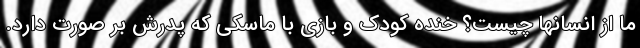
ما از انسانها چیست؟ خنده کودک و بازی با ماسکی که پدرش بر صورت دارد.